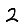
Digit: 2